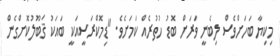
މިކިޔާ ބަހަށްވެސް ލިބެނީ ވަރަށް ބޮޑު ހުތުރެއް ކަމަށެވެ. "ޑިމޮކްރަސީއަކީ ބައަކު ޤަބޫލުކޮށްގެން